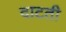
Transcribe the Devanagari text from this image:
दाटती